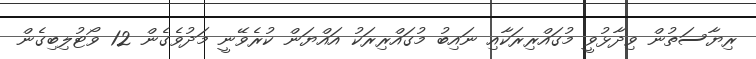
ރިޔާސަތުން ވިދާޅުވީ މުގައްރިރަކާއި ނައިބު މުގައްރިރަކު އައްޔަން ކުރެވޭނީ މަދުވެގެން 12 ވޯޓުލިބިގެން